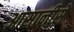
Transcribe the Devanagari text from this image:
आसानीसे